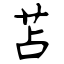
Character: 苫